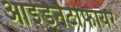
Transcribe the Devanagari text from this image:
आईडनटीफायर